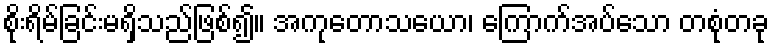
စိုးရိမ်ခြင်းမရှိသည်ဖြစ်၍။ အကုတောသယော၊ ကြောက်အပ်သော တစုံတခု